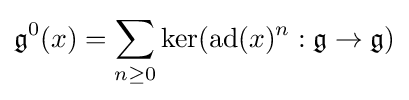
{\mathfrak {g}}^{0}(x)=\sum _{n\geq 0}\ker(\operatorname {ad} (x)^{n}:{\mathfrak {g}}\to {\mathfrak {g}})